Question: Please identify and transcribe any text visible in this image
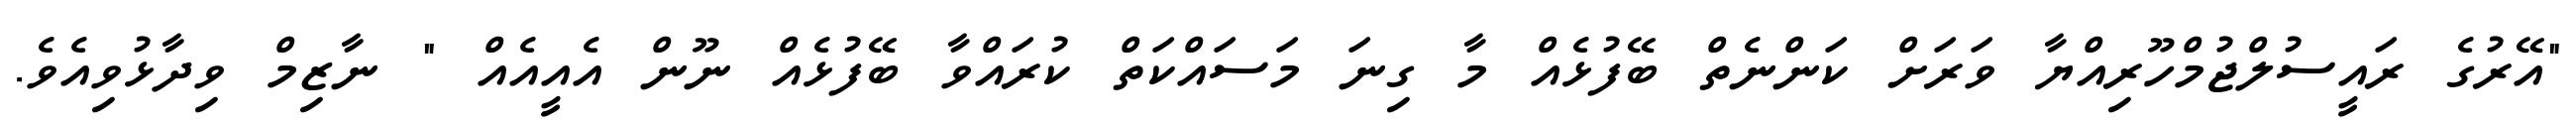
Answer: "އޭރުގެ ރައީސުލްޖުމްހޫރިއްޔާ ވަރަށް ކަންނެތް ބޭފުޅެއް މާ ގިނަ މަސައްކަތް ކުރައްވާ ބޭފުޅެއް ނޫން އެއީއެއް " ނާޒިމް ވިދާޅުވިއެވެ.